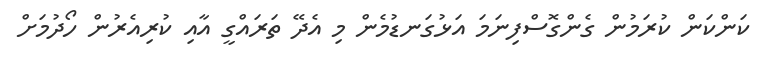
ކަންކަން ކުރަމުން ގެންގޮސްފިނަމަ އަޅުގަނޑުމެން މި އެދޭ ތަރައްގީ އާއި ކުރިއެރުން ހޯދުމަށް